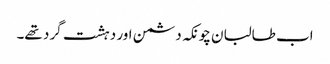
اب طالبان چونکہ دشمن اور دہشت گرد تھے۔